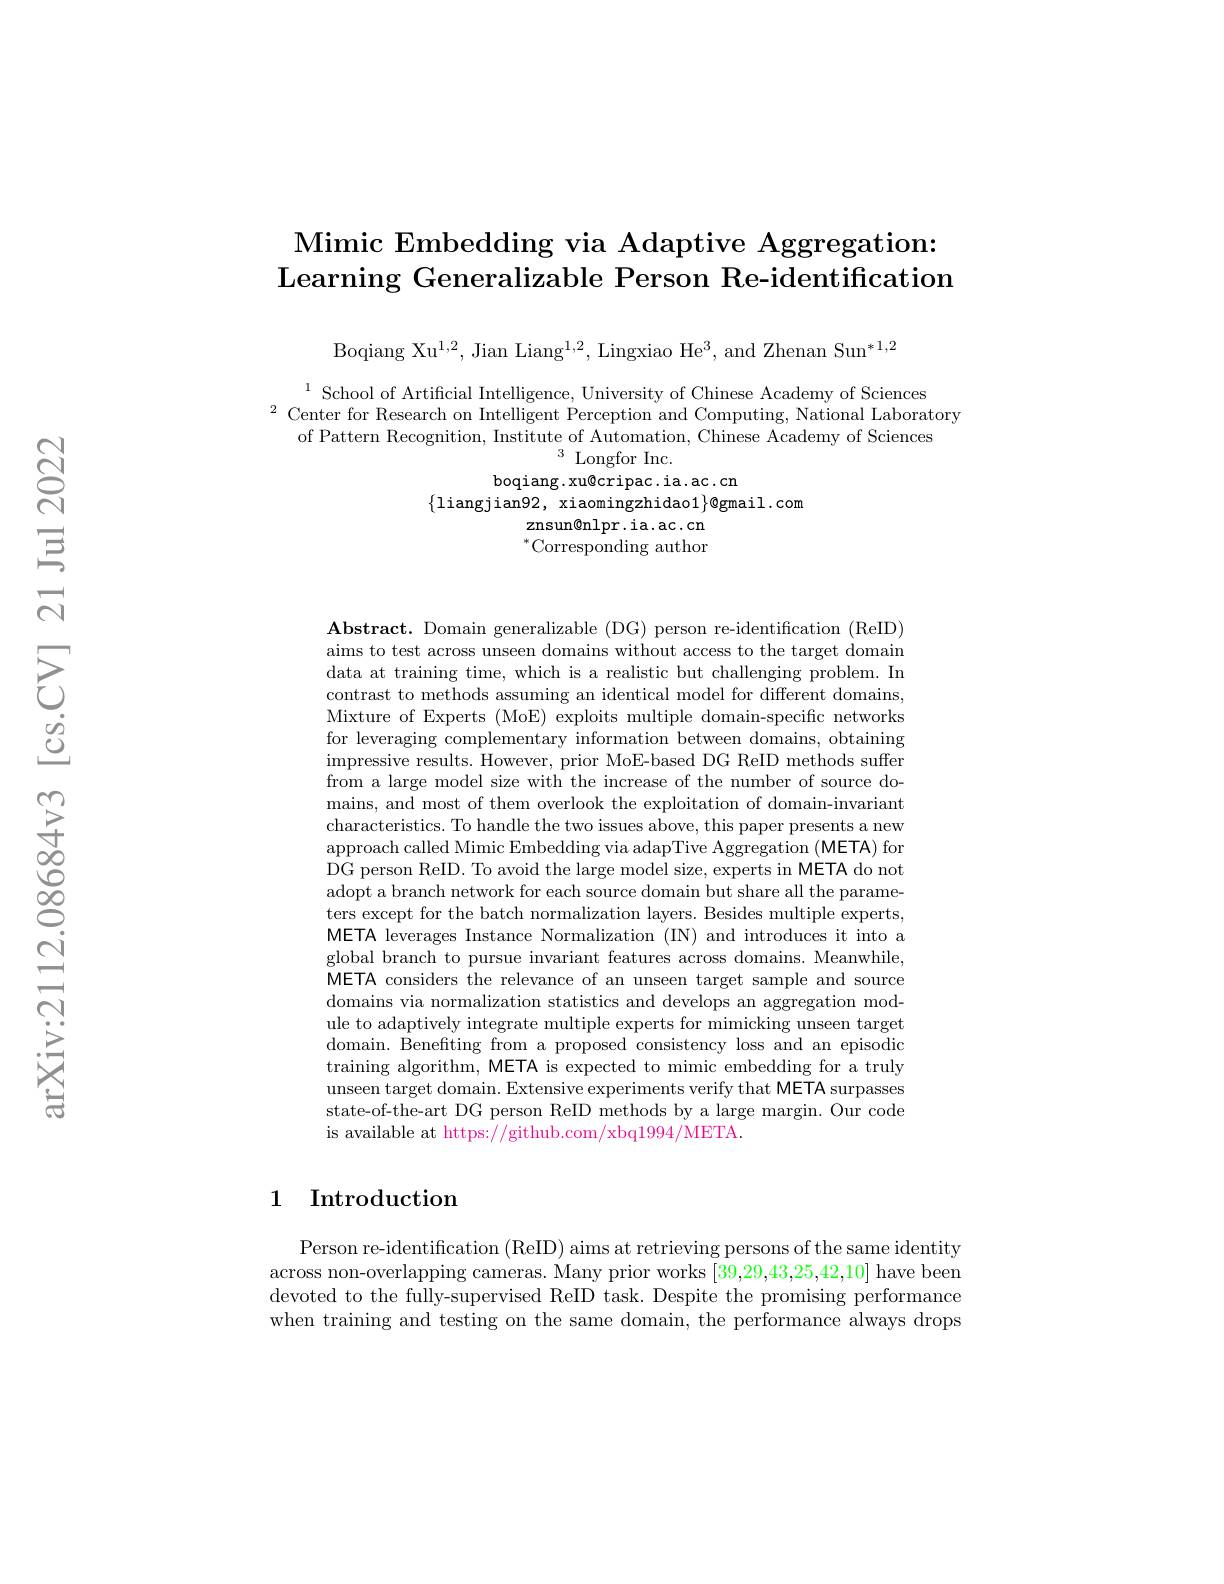
# Mimic Embedding via Adaptive Aggregation: Learning Generalizable Person Re-identification

Boqiang Xu$^1,2$,Jian Liang$^1,2$,Lingxiao He$^3$, and Zhenan Sun$^*1,2$

$\begin{array}{c}{1}{\mathrm{School~of~Artificial~Intelligence,~University~of~Chinese~Academy~of~Sciences}}\\{\mathrm{center~for~Research~on~Intelligent~Perception~and~Computing,~National~Laboratory}}\end{array}$
of Pattern Recognition, Institute of Automation, Chinese Academy of Sciences
$^{3}$Longfor Inc.
boqiang.xu@cripac.ia.ac.cn
$\{$liangjian92, xiaomingzhidao1$\}$@gmail.com
znsun@ nlpr. ia. ac. cn $^{*}$Corresponding author

$\mathbf{Abstract.~Domain~generalizable~(DG)~person~re-identification~(ReID)}$ aims to test across unseen domains without access to the target domain data at training time, which is a realistic but challenging problem. In contrast to methods assuming an identical model for different domains, Mixture of Experts (MoE) exploits multiple domain-specific networks for leveraging complementary information between domains, obtaining impressive results. However, prior MoE-based DG ReID methods suffer from a large model size with the increase of the number of source domains, and most of them overlook the exploitation of domain-invariant characteristics. To handle the two issues above, this paper presents a new approach called Mimic Embedding via adapTive Aggregation (META) for DG person ReID. To avoid the large model size, experts in META do not adopt a branch network for each source domain but share all the parameters except for the batch normalization layers. Besides multiple experts, META leverages Instance Normalization (IN) and introduces it into a global branch to pursue invariant features across domains. Meanwhile, META considers the relevance of an unseen target sample and source domains via normalization statistics and develops an aggregation module to adaptively integrate multiple experts for mimicking unseen target domain. Benefiting from a proposed consistency loss and an episodic training algorithm, META is expected to mimic embedding for a truly unseen target domain. Extensive experiments verify that META surpasses state-of-the-art DG person ReID methods by a large margin. Our code is available at https://github.com/xbq1994/META.

## 1 Introduction

Person re-identification (ReID) aims at retrieving persons of the same identity across non-overlapping cameras. Many prior works [39,29,43,25,42,10] have been devoted to the fully-supervised ReID task. Despite the promising performance when training and testing on the same domain, the performance always drops